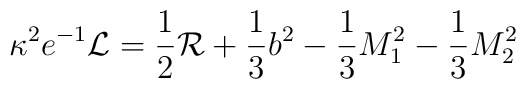
\kappa^{2}e^{-1}{\cal{L}} =        \frac{1}{2}{\cal{R}} + \frac{1}{3}b^2       - \frac{1}{3}M_{1}^{2}-\frac{1}{3}M_{2}^{2}